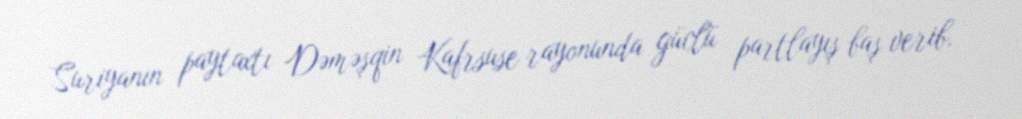
Suriyanın paytaxtı Dəməşqin Kafrsuse rayonunda güclü partlayış baş verib.